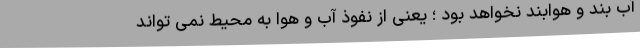
آب بند و هوابند نخواهد بود ؛ یعنی از نفوذ آب و هوا به محیط نمی تواند